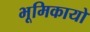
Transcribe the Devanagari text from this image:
भूमिकायो